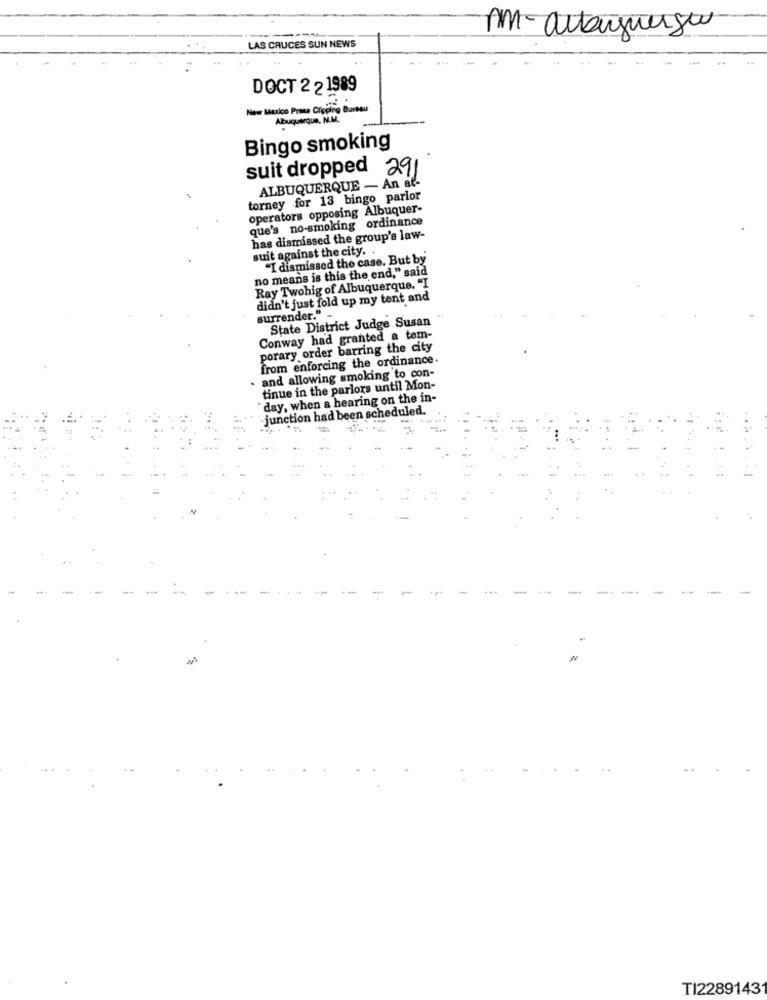
AM - altayunge
LAS CRUCES SUN NEWS
DOCT 2 2 1989
New Mexico Prata Clipping Bureau
Albuquerque, N.M.
Bingo smoking
suit dropped 291
ALBUQUERQUE - An al-
torney for 13 bingo parlor
operators opposing Albuquer-
que's no-smoking ordinance
has dismissed the group's law-
suit against the city. .
"I dismissed the case. But by
no means is this the end," said
Ray Twohig of Albuquerque. "I
didn't just fold up my tent and
surrender."
State District Judge Susan
Conway had granted a tem-
porary order barring the city
from enforcing the ordinance.
and allowing smoking to con-
tinue in the parlors until Mon-
day, when a hearing on the in-
junction had been scheduled.
--
TI2289143